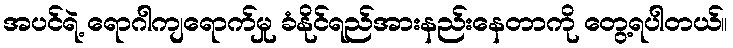
အပင်ရဲ့ ရောဂါကျရောက်မှု ခံနိုင်ရည်အားနည်းနေတာကို တွေ့ရပါတယ်။